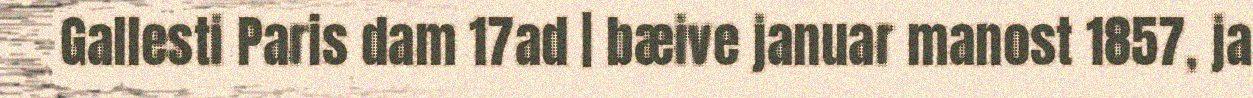
Gallesti Paris dam 17ad | bæive januar manost 1857, ja